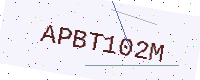
Text: APBT102M